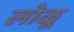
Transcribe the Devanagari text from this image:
लोळू